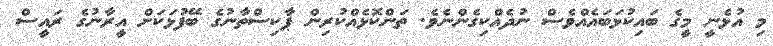
މި އުޅެނީ މީގެ ބައިކުޅަބައެއްވެސް ނުދެއްކިގެންނެވެ. ތަންކޮޅެއްކުރިން ޕާކިސްތާނުގެ ބޭފުޅަކަށް އީރާނުގެ ރައީސް